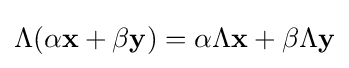
{\textstyle \Lambda (\alpha \mathbf {x} +\beta \mathbf {y} )=\alpha \Lambda \mathbf {x} +\beta \Lambda \mathbf {y} }